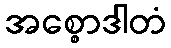
အစ္စောဒါတံ